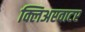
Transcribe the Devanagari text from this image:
क्लिअरवाटर